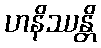
ဟနိဿန္တိ